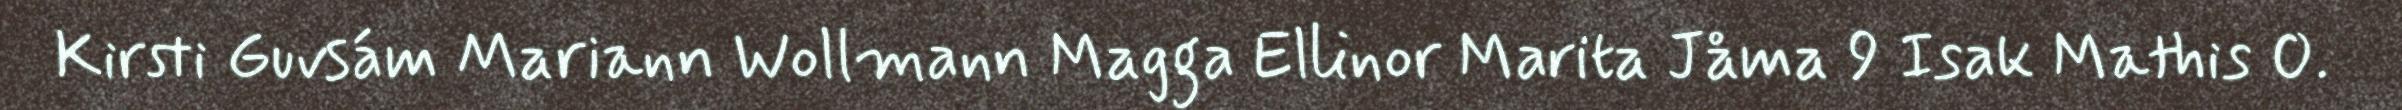
Kirsti Guvsám Mariann Wollmann Magga Ellinor Marita Jåma 9 Isak Mathis O.